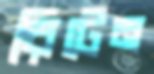
রিটেন